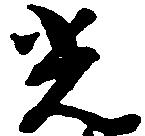
光